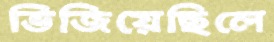
ভিজিয়েছিলে